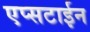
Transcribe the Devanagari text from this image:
एप्सटाईन